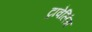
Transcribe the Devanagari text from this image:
ट्रावेलिंग